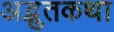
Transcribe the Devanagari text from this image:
अद्भुतकथा